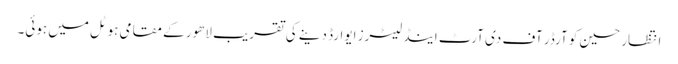
انتظار حسین کو آرڈر آف دی آرٹ اینڈ لیٹرز ایوارڈ دینے کی تقریب لاھور کے مقامی ہوٹل میں ہوئی۔